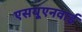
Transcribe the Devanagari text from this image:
एसयूएनवाई